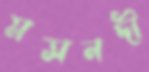
মসনদী